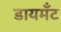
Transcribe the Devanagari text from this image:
डायमॅंट